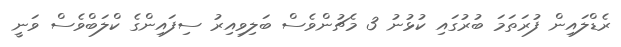
ރެޑްލައިން ފުުރަތަމަ ބުރުގައި ކުޅުނު 3 މެޗުންވެސް ބަލިވިއިރު ސިފައިންގެ ކްލަބްވެސް ވަނީ